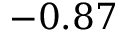
- 0 . 8 7